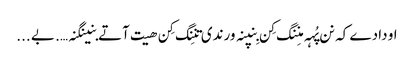
او دادے کہ نن پُہہ منِنگ کِن بِنپنہ ورندی تنِنگ کِن ھیت آتے بنینگنہ…. بے ...